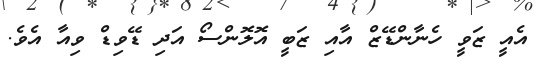
އެއީ ޒަވީ ހެނާންޑޭޒް އާއި ޒަބީ އޮލޮންސޯ އަދި ޑޭވިޑް ވިއާ އެވެ.